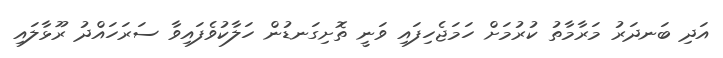
އަދި ބަނދަރު މަރާމާތު ކުރުމަށް ހަމަޖެހިފައި ވަނީ ތޮށިގަނޑުން ހަލާކުވެފައިވާ ސަރަހައްދު ރޫޅާލައި